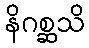
နိဂစ္ဆသိ